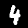
Digit: 4